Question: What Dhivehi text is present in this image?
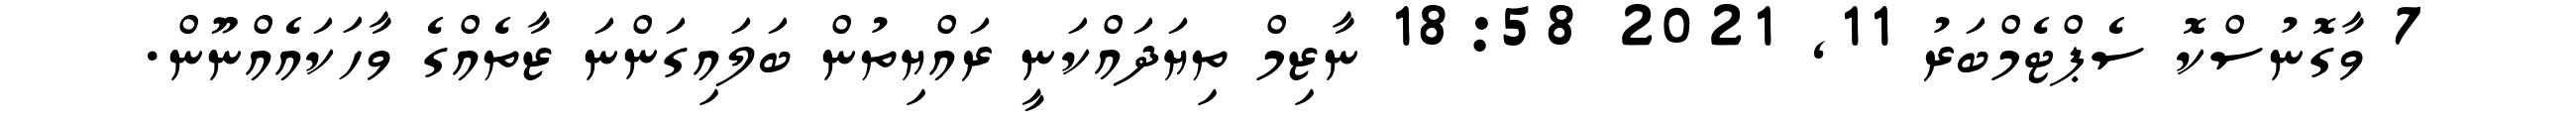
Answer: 7 ވާގޮނުސްކޮ ސެޕްޓެމްބަރު 11, 2021 18:58 ނާޒިމް ތިޔަދައްކަނީ ރައްޔިތުން ބަލައިގަންނަ ޒާތެއްގެ ވާހަކައެއްނޫން.